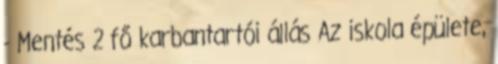
- Mentés 2 fő karbantartói állás Az iskola épülete,